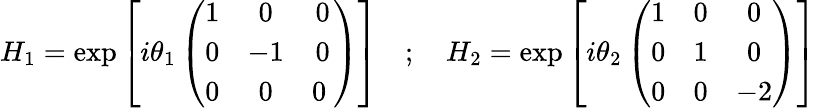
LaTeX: H_{1}=\exp\left[i\theta_{1}\left(\begin{array}{ccc}{{1}}&{{0}}&{{0}}\\ {{0}}&{{-1}}&{{0}}\\ {{0}}&{{0}}&{{0\ }}\end{array}\right)\right]\quad;\quad H_{2}=\exp\left[i\theta_{2}\left(\begin{array}{ccc}{{1}}&{{0}}&{{0}}\\ {{0}}&{{1}}&{{0}}\\ {{0}}&{{0}}&{{-2}}\end{array}\right)\right]